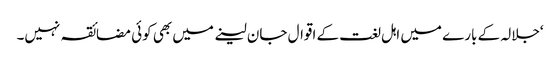
‘جلالہ کے بارے میں اہل لغت کے اقوال جان لینے میں بھی کوئی مضائقہ نہیں۔